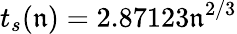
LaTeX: t_{s}(\mathfrak{n})=2.87123\mathfrak{n}^{2/3}